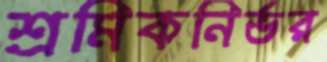
শ্রমিকনির্ভর